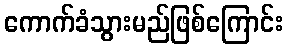
ကောက်ခံသွားမည်ဖြစ်ကြောင်း